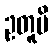
ဥတူပိ